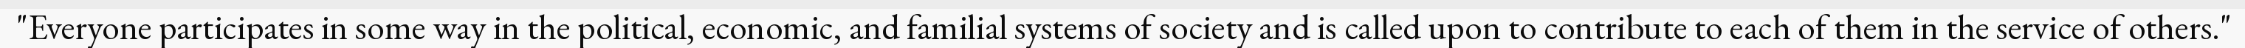
"Everyone participates in some way in the political, economic, and familial systems of society and is called upon to contribute to each of them in the service of others."